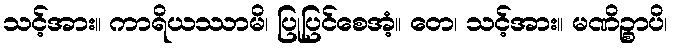
သင့်အား။ ကာရိယဿာမိ၊ ပြုပြင်စေအံ့။ တေ၊ သင့်အား။ မဏိဉ္စာပိ၊